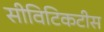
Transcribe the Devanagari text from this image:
सीविटिकटीस